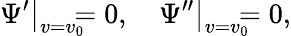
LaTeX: \left.\Psi^{\prime}\right\vert_{v=v_{0}}\! \! \! \! =0,\quad\left.\Psi^{\prime\prime}\right\vert_{v=v_{0}}\! \! \! \! =0,